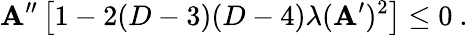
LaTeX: \mathbf{A}^{\prime\prime}\left[1-2(D-3)(D-4)\lambda(\mathbf{A}^{\prime})^{2}\right]\leq0~.